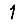
Digit: 1